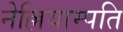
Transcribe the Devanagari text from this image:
नेल्लियाम्पति